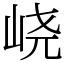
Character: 峣